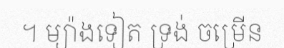
។ ម្យ៉ាងទៀត ទ្រង់ ចម្រើន